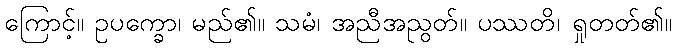
ကြောင့်။ ဥပက္ခော၊ မည်၏။ သမံ၊ အညီအညွတ်။ ပဿတိ၊ ရှုတတ်၏။